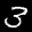
Label: 3